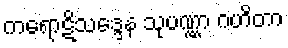
ကရောဋိသဒ္ဒေန သုပဏ္ဏာ ဂဟိတာ